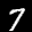
Label: 7